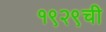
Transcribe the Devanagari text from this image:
१९२९ची